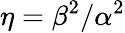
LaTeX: \eta=\beta^{2}/\alpha^{2}